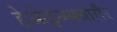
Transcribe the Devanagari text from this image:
हेओइन्स्फ्जोरौर